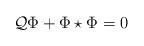
LaTeX: \begin{align*}{\cal Q}\Phi +\Phi\star\Phi =0\end{align*}